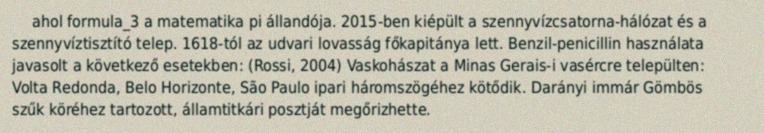
ahol formula_3 a matematika pi állandója. 2015-ben kiépült a szennyvízcsatorna-hálózat és a szennyvíztisztító telep. 1618-tól az udvari lovasság főkapitánya lett. Benzil-penicillin használata javasolt a következő esetekben: (Rossi, 2004) Vaskohászat a Minas Gerais-i vasércre települten: Volta Redonda, Belo Horizonte, São Paulo ipari háromszögéhez kötődik. Darányi immár Gömbös szűk köréhez tartozott, államtitkári posztját megőrizhette.